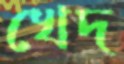
খেদ